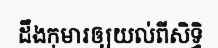
ដឹងកុមារឲ្យយល់ពីសិទ្ធិ